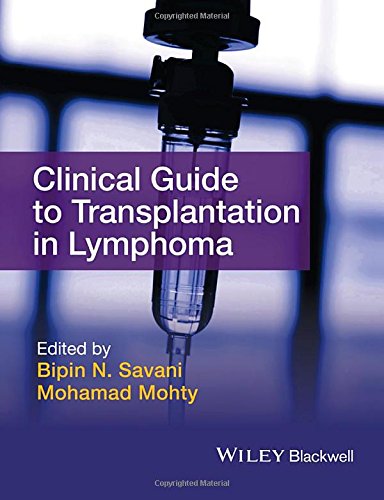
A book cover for Clinical Guide to Transplantation in Lymphoma; Bipin N. Savani; Health, Fitness & Dieting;